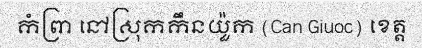
កំព្រា នៅស្រុកកឹនយ៉ួក (Can Giuoc) ខេត្ត